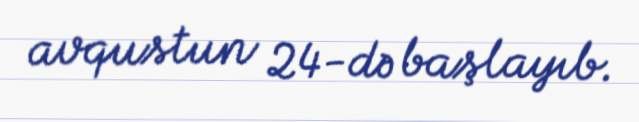
avqustun 24-də başlayıb.